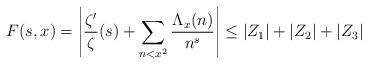
LaTeX: \begin{align*} F(s,x) = \left| \frac{\zeta'}{\zeta}(s) + \sum_{n<x^2} \frac{\Lambda_x(n)}{n^s} \right| \leq |Z_1| + |Z_2| + |Z_3| \end{align*}